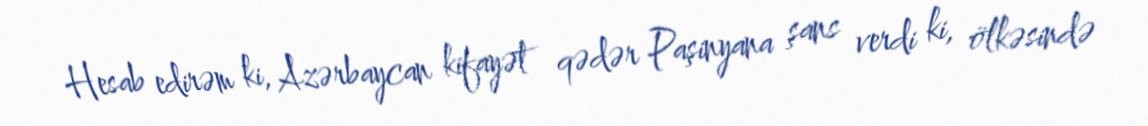
Hesab edirəm ki, Azərbaycan kifayət qədər Paşinyana şans verdi ki, ölkəsində